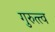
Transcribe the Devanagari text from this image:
गुरुत्त्व